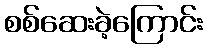
စစ်ဆေးခဲ့ကြောင်း